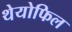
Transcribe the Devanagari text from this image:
थेयोफिल